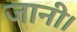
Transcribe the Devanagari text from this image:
जानी।